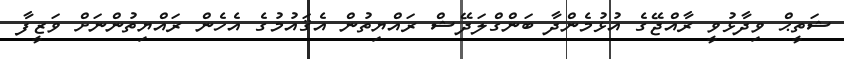
ޝަތީޙް ވިދާޅުވީ ރާއްޖޭގެ އުޅުމެންދާ ބަންގްލަދޭޝް ރައްޔިތުން އެޤައުމުގެ އެހެން ރައްޔިތުންނަށް ވަޒީފާ